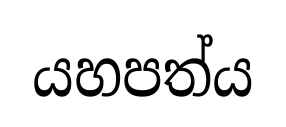
යහපත්ය